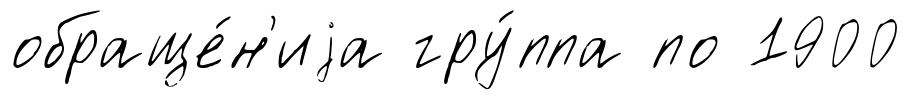
обраще́н'иjа гру́ппа по 1900